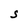
Character: S